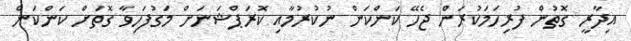
އިދާރީ ގޮތުން ފުރިހަމަކުރަން ޖެހޭ ކަންކަން ނުކުރުމާއި ކޮރަޕްޝަނަށް މަގުފަހިވާ ގޮތަށް ކަންކަން